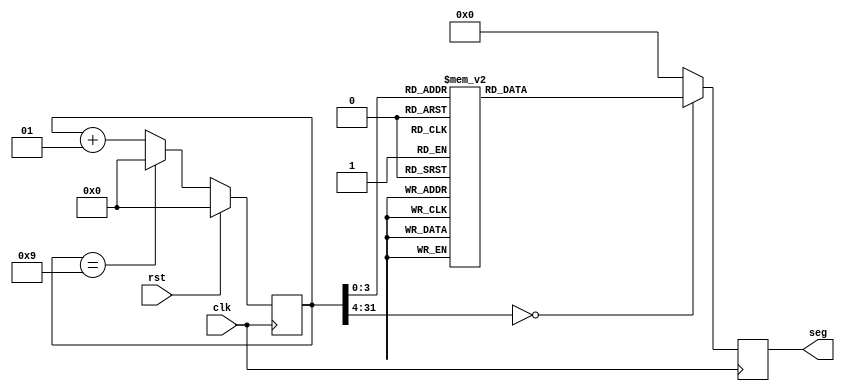
///////////////////////////////////////
// TSN Lab 
// 
// : 
// 1 : 20220911
///////////////////////////////////////

//    1  
`timescale 1s/1ms

module dut_7segment_1(
	input clk,
	input rst,
	output [7:0] seg
);
	integer count = 0;
	reg [7:0] s;

//     count  
always @ (posedge clk) begin
	if (rst == 1) begin
		count = 0;
	end else begin
		if (count == 9) begin
			count = 0;
		end else begin
			count = count + 1;
		end
	end
end

// count   7-segment 
always @ (negedge clk) begin
	case (count)
		0 : s = 8'b11111100; //0, d252
		1 : s = 8'b01100000; //1, d96
		2 : s = 8'b11011010; //2, d218
		3 : s = 8'b11110010; //3, d242
		4 : s = 8'b01100110; //4, d102
		5 : s = 8'b10110110; //5, d182
		6 : s = 8'b10111110; //6, d190
		7 : s = 8'b11100000; //7, d224
		8 : s = 8'b11111110; //8, d254
		9 : s = 8'b11100110; //9, d230
		default: s = 8'b00000000; //error
	endcase
end

//  output seg  
assign seg = s; 

endmodule